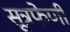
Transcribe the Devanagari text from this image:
सूत्रफेणी